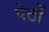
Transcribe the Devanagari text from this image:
पेठों